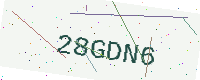
Text: 28GDN6